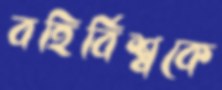
বহির্বিশ্বকে